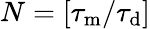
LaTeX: \begin{array}{r}{N=\left[\tau_{\mathrm{m}}/\tau_{\mathrm{d}}\right]}\end{array}